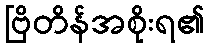
ဗြိတိန်အစိုးရ၏